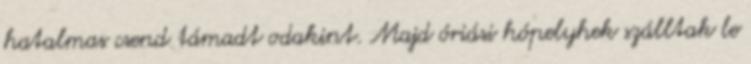
hatalmas csend támadt odakint. Majd óriási hópelyhek szálltak le